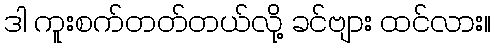
ဒါ ကူးစက်တတ်တယ်လို့ ခင်ဗျား ထင်လား။